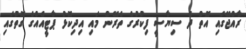
ރާއްޖޭގައި އޮތް ދެ ސިޔާސީ ފިކުރުގެ ތެރޭން މައި އިދިކޮޅު ޕާޓީއެއްގެ ގޮތުގައި